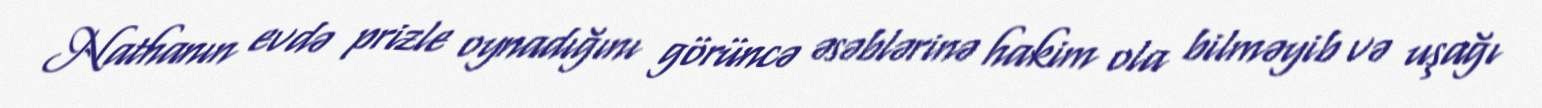
Nathanın evdə prizle oynadığını görüncə əsəblərinə hakim ola bilməyib və uşağı